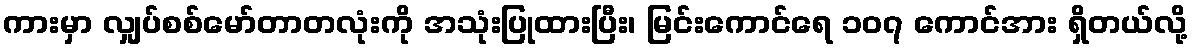
ကားမှာ လျှပ်စစ်မော်တာတလုံးကို အသုံးပြုထားပြီး၊ မြင်းကောင်ရေ ၁၀၇ ကောင်အား ရှိတယ်လို့